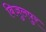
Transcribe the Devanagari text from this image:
बिजुलपुर